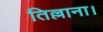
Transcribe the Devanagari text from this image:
तिल्लाना।